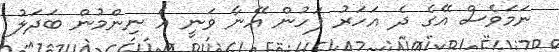
ނަމަވެސް އޭގެ ދެ އަހަރު ފަހުން އޭނާ ވަނީ އެ ނިންމުން ބަދަލު